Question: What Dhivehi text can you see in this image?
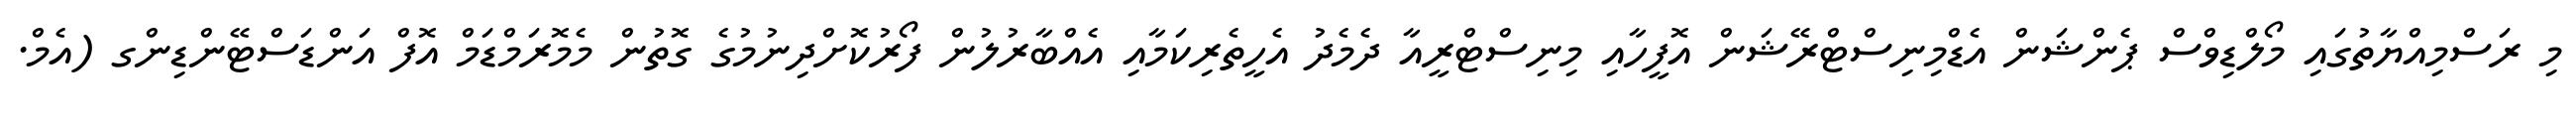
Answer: މި ރަސްމިއްޔާތުގައި މޯލްޑިވްސް ޕެންޝަން އެޑްމިނިސްޓްރޭޝަން އޮފީހާއި މިނިސްޓްރީއާ ދެމެދު އެހީތެރިކަމާއި އެއްބާރުލުން ފޯރުކޮށްދިނުމުގެ ގޮތުން މެމޮރަމްޑަމް އޮފް އަންޑަސްޓޭންޑިންގ (އެމް.